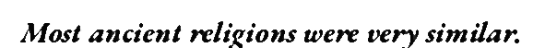
Most ancient religions were very similar.